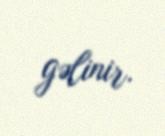
gəlinir.